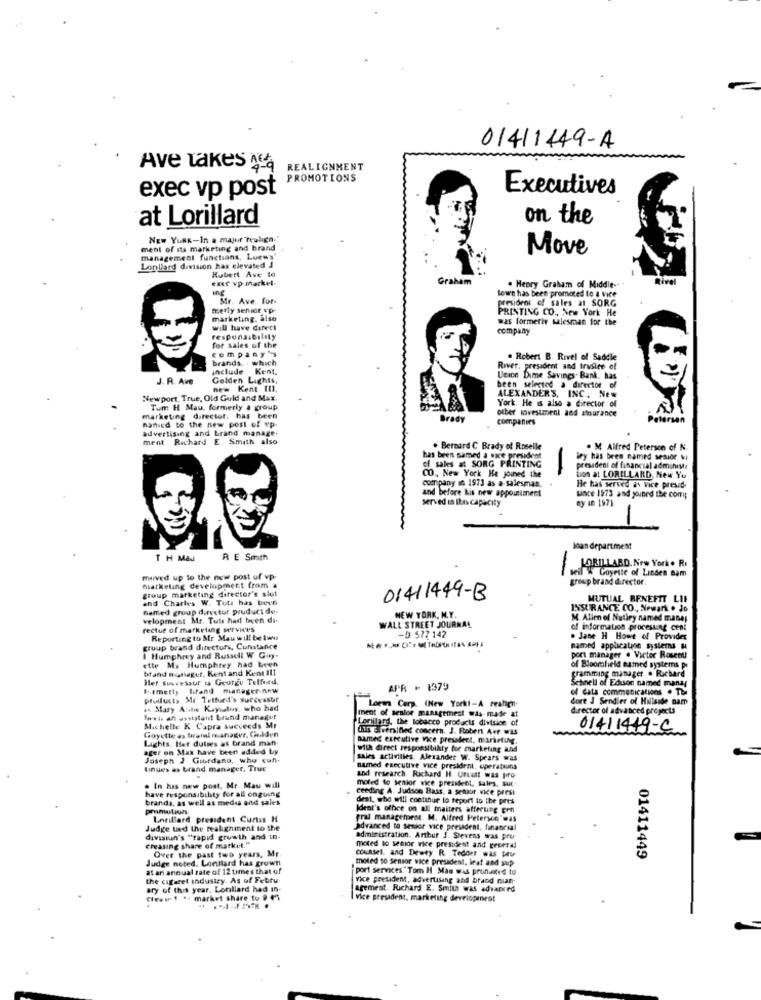
01411449-A
Ave takes q
REALIGNMENT
PROMOTIONS
Executives
exec vp post
at Lorillard
on the
New YORK-In a majur Trahigh-
ment of its marketing and brand
Move
management functions, Loews'
Lonllard division has elevated J
Hubert Ave to
exec vp market-
Graham
ivel
ing
tewn has been promoted to a vice
. Henry Graham of Middle --
Mr. Ave. for-
president of sales al SORG
meriy senior vp-
PRINTING CO. New York He
marketing, also
was formeriv salesman for the
will have direct
company
responsibility
company's
for sales of the
brands. - which
. Robert B. Rivel of Saddle
include Kent,
River, president and trusice of
J. R. Ave
Golden Lights,
Ucion Dime Savings- Bank. has
new Kent In.
been selected a director of
Newport, True, Old Guld and Max.
ALEXANDER'S, INC ., New
York. He is also a director of
Tum H Mau, formerly & group
olber savestment and surance
marketing director, has been
named to the new post of vp-
Brady
companies
advertising and brand manage-
ment
Richard E Smith also
. Bernard C Brady of Roselle
. M Alfred Peterson of N.
has been samed a vice president
Bey has been named senior vi
of sales at SORG PRINTING
president of financial adminisle
CO ., New York He joined the
tion at LORILLARD, New Yu
company in 1973 as a-salesman.
He has served as vice presid.
served in Ibn capacity
and before his new appointment
since 1973 and youuned the com;
ty 1 1971
joan department
T H Mas
R E Smith
LORILLARD. New York. RI
-
seil W Goyette of Linden sam
muved up to the new post of wp-
group brand director
marketing development from a
group marketing director's slot
and Charles W. Tot: has been
01411449-B
MUTUAL BENEFIT LIF
named group director pruduct de.
INSURANCE CO ., Newark . Jo
velopment Mr. Tuts had been di-
WALL STREET JOURNAL
NEW YORK, N.Y.
M. Allen of Nutley named manes
rectur of marketing services
-5 577 142
of information processing cent
Reporting to Mr Mau will be wi
. Jane H Howe of Provider
group brand directors, Constance
named application systems s
I Humphrey and Russell W Gay.
port manager . Victor Rosenti
brand manager, Kent and Kent Il!
ette Ms Humphrey had been
of Bloomfield named systems pe
Het Suavessur is George Telfurd.
cramming manager . Richard
Schnell of Edison named manay
APR - 1379
of data communications . T
Products Me Telfund's Surcesstr
Core J Sendier of Hillside nam
.. Mary Antie Kayıatus, who had
Loews Corp. (New York !- A reahen-
director of advanced projects
Wwwis an assistant brand manager
Lorillard, the tobacco products division of
ment of senior management was made at
Michelle K Capra Succeeds Mr
dus Siverified concern. J. Robert Ave was
01411419-C
Lights. Her duties as brand man
Goyette a> brandl manager, Cindden
named executive vice president, marketing,
ager on Max have been added by
with direct responsibility for marketing and
Joseph J Giordano, who con-
sales activities. Alexander W. Spears was
tinues as brand manager, Truc
named executive vice president, operations
moted lo senior vice president, sales, sur-
and research. Richard H Urcolt was pro
. In has new post. Mr. Mau will
have responsibility for all ongoing
ceeding A. Judson Bass, a setor vice presi
brands, as well as media and sales
dest, who will continue to report to the pres
promulich
Ideal's office on all maiters afterung ern
Lorillard president Curtas H
fral management. M. Alfred Petersen "was
Judge used the mealignment to the
advanced to senior vice president, finaorial
divssiun's "rapid growth and in-
administration. Arthur J. Stevens was pro
creasing share of market."
Over the past two years, Mr.
moted lo senior vice president and general
counsel, and Dewey R. Tedder was plu
Judge noted. Lonitard has grown
moled 10 senior vice president, leat and sup
01411449
at an annual rate of 12 times that of
port services. Tom H Mas was promoted to
the cigaret industry. As of Febru.
Vice president, advertising and brand nian
ary of this year, Lonliard had in-
agemrat. Richard E. Smith was advanced
CIwww. 1 .. market share to 9 0%
vice president, marketing developinest